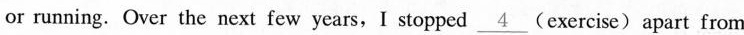
or running. Over the next few years,I stopped \underline{4} (exercise)apart from